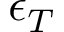
\epsilon _ { T }